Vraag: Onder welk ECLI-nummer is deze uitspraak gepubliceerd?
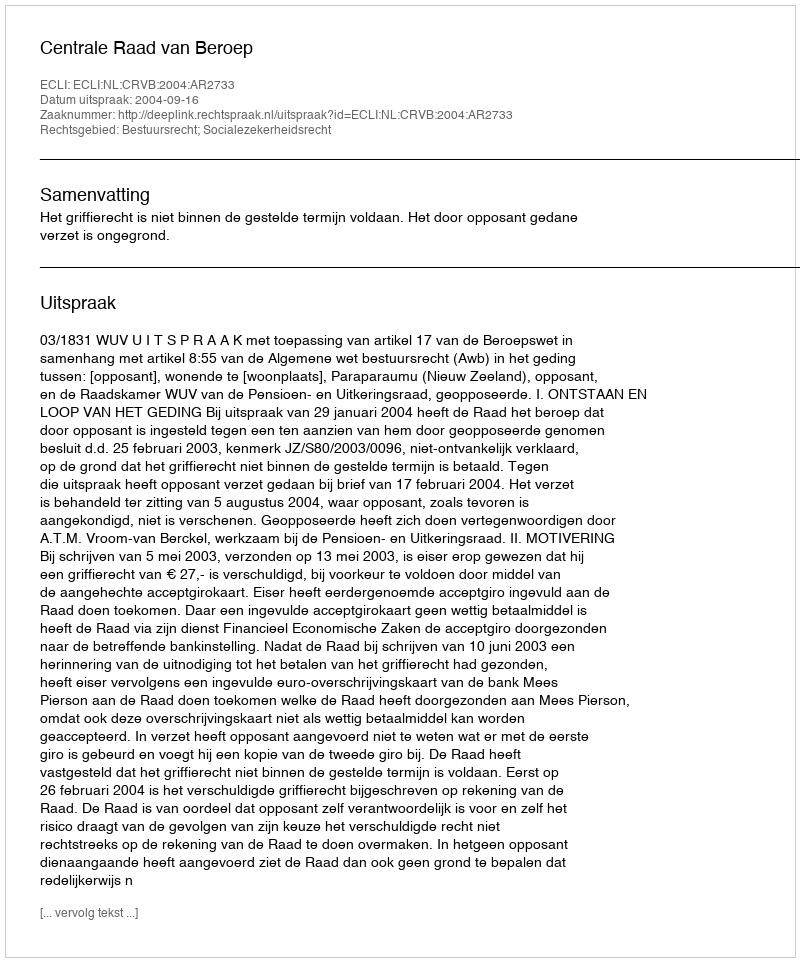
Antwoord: ECLI:NL:CRVB:2004:AR2733